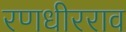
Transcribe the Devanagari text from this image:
रणधीरराव